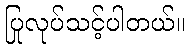
ပြုလုပ်သင့်ပါတယ်။